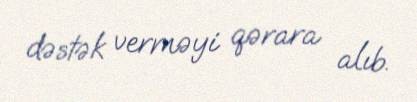
dəstək verməyi qərara alıb.